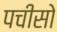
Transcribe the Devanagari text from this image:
पचीसो